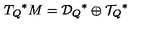
{ T _ { Q } } ^ { * } M = { { \cal D } _ { Q } } ^ { * } \oplus { { \cal T } _ { Q } } ^ { * }